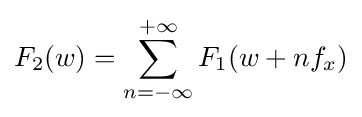
F_{2}(w)=\sum _{n=-\infty }^{+\infty }F_{1}(w+nf_{x})